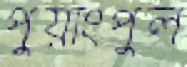
পুয়াংপুল